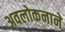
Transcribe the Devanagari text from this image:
अवलोकनाने